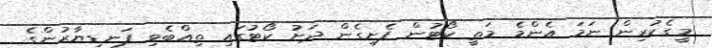
މީގެކުރިން ނަމަ އެންމެ މަތީ ކޯޓުން ފެށިގެން ދަށު ކޯޓުގައި ތިއްބެވި ފަނޑިޔާރުންގެ